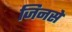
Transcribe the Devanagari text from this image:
जिनसे